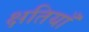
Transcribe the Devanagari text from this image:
क्षतियाँ